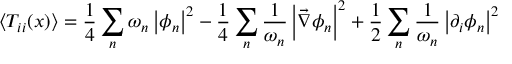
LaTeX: \left\langle T _ { i i } ( x ) \right\rangle = \frac { 1 } { 4 } \sum _ { n } \omega _ { n } \left| \phi _ { n } \right| ^ { 2 } - \frac { 1 } { 4 } \sum _ { n } \frac { 1 } { \omega _ { n } } \left| \vec { \nabla } \phi _ { n } \right| ^ { 2 } + \frac { 1 } { 2 } \sum _ { n } \frac { 1 } { \omega _ { n } } \left| \partial _ { i } \phi _ { n } \right| ^ { 2 }